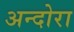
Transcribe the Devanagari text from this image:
अन्दोरा